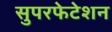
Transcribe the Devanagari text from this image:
सुपरफेटेशन